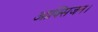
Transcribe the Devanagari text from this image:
आक्सिजन।